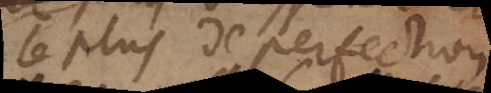
le plus de perfection